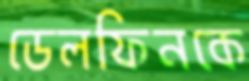
ডেলফিনকে